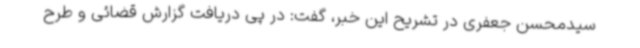
سیدمحسن جعفری در تشریح این خبر، گفت: در پی دریافت گزارش قضائی و طرح